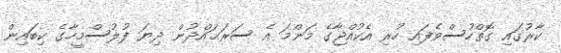
ކާރުގައި ގޮތްހުސްވެފައި ހުރި އެކުއްޖާގެ މަންމަ އެ ސަރަޙައްދުން ދިޔަ ފުލުސްމީހާގެ ކިބައިން